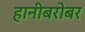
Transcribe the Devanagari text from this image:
हानीबरोबर